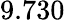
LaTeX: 9.730